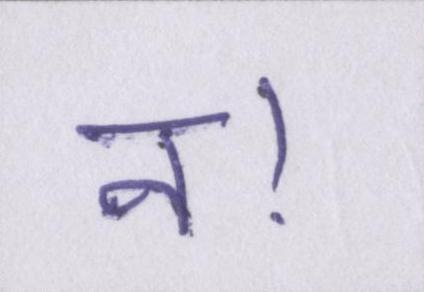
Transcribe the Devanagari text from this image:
न।